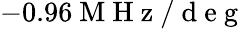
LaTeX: -0.96\mathrm{~M~H~z~/~d~e~g~}